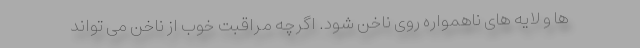
ها و لایه های ناهمواره روی ناخن شود. اگرچه مراقبت خوب از ناخن می تواند